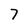
Character: 7